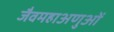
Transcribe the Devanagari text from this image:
जैवमहाअणुओं